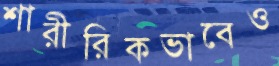
শারীরিকভাবেও